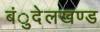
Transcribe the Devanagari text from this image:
बंुदेलखण्ड